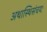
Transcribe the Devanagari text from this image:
अथास्थिसंचयः